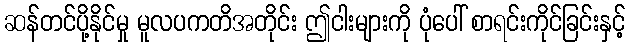
ဆန်တင်ပို့နိုင်မှု မူလပကတိအတိုင်း ဤငါးများကို ပုံပေါ် စာရင်းကိုင်ခြင်းနှင့်